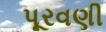
પૂરવણી